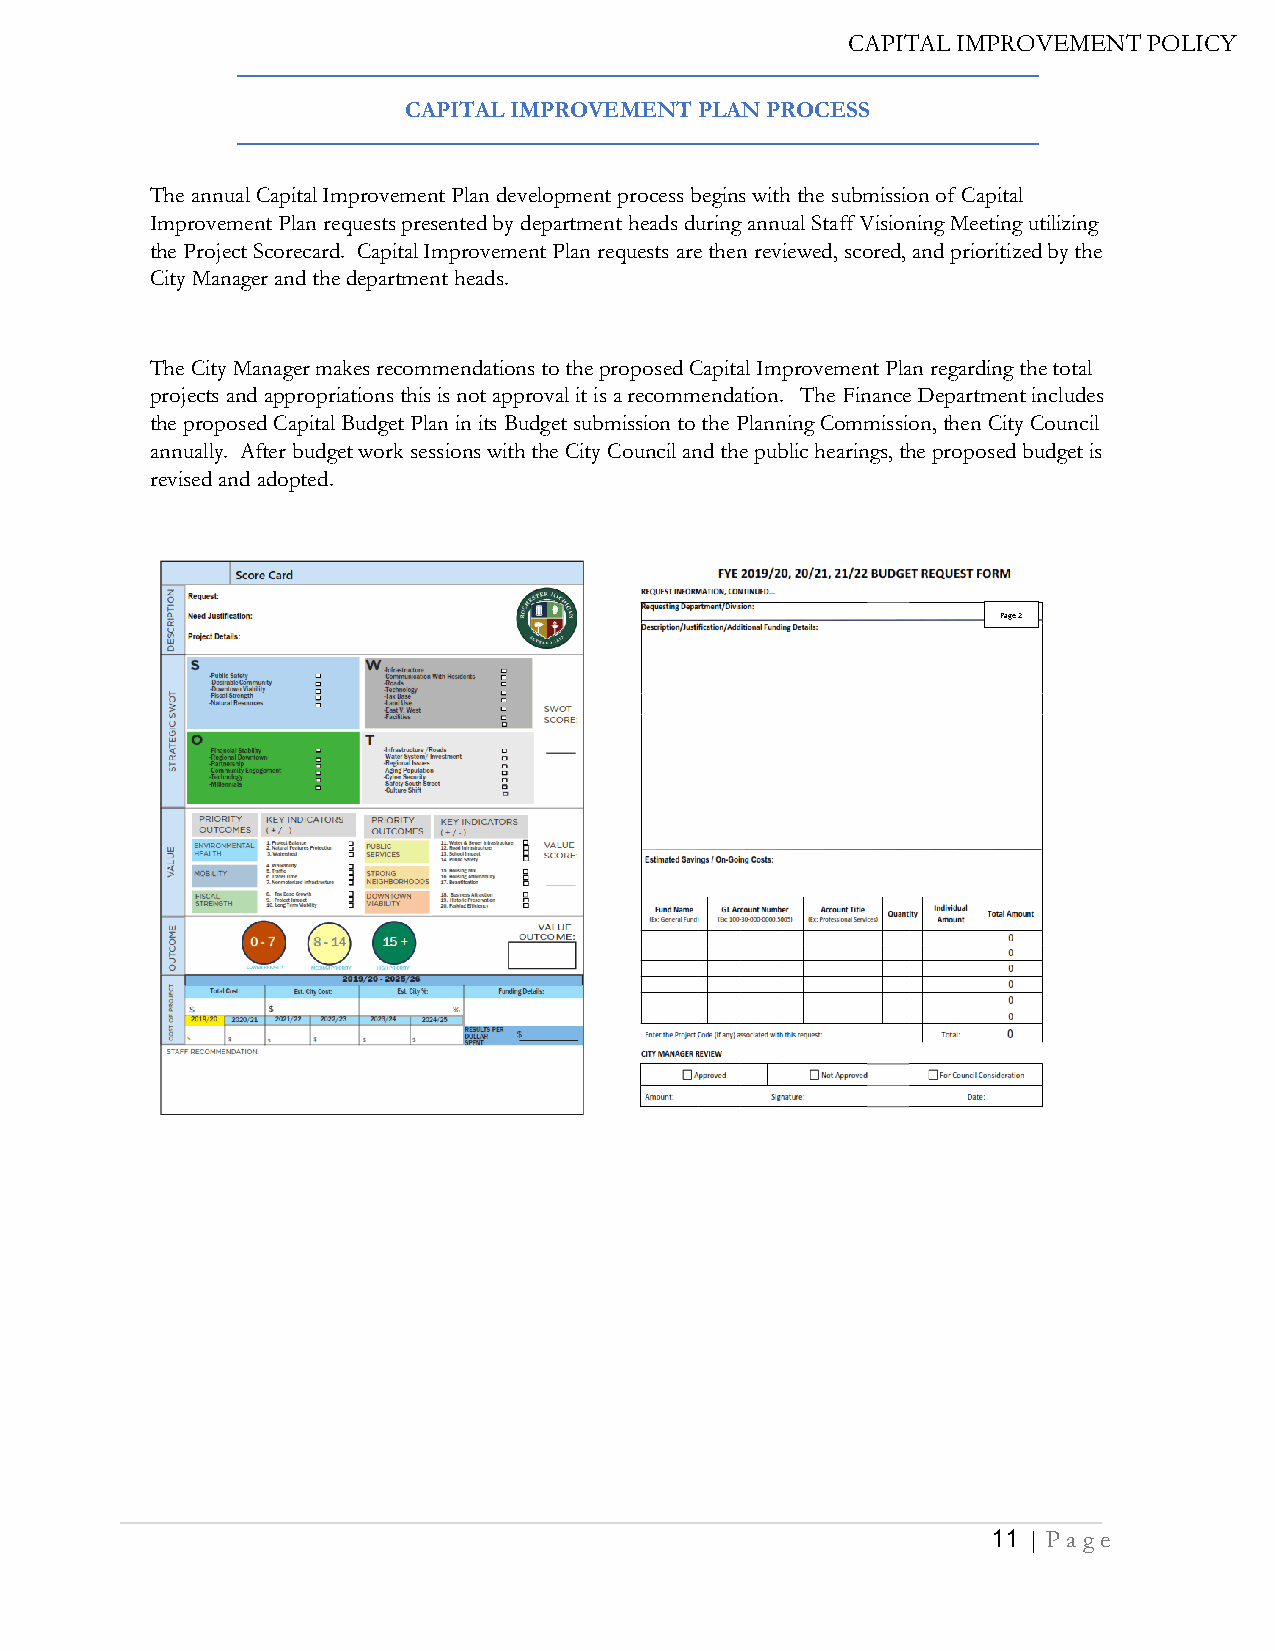
CAPITAL IMPROVEMENT PLAN PROCESS
 The annual Capital Improvement Plan development process begins with the submission of Capital
 Improvement Plan requests presented by department heads during annual Staff Visioning Meeting utilizing
 the Project Scorecard. Capital Improvement Plan requests are then reviewed, scored, and prioritized by the
 City Manager and the department heads.
 The City Manager makes recommendations to the proposed Capital Improvement Plan regarding the total
 projects and appropriations this is not approval it is a recommendation. The Finance Department includes
 the proposed Capital Budget Plan in its Budget submission to the Planning Commission, then City Council
 annually. After budget work sessions with the City Council and the public hearings, the proposed budget is
 revised and adopted.
 Page 2
 11 | Pa g e